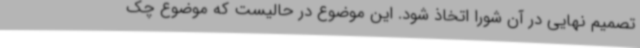
تصمیم نهایی در آن شورا اتخاذ شود. این موضوع در حالیست که موضوع چک